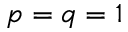
p = q = 1